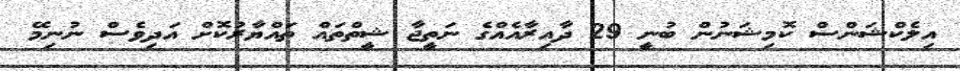
އިލެކްޝަންސް ކޮމިޝަނުން ބުނީ 29 ދާއިރާއެއްގެ ނަތީޖާ ޝީތްތައް ތައްޔާރުކޮށް އަދިވެސް ނުނިމޭ